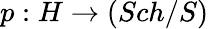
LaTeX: p:H\to(Sch/S)